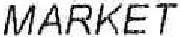
MARKET